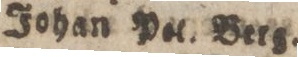
Johan Pel. Berg.